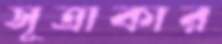
সূত্রাকার